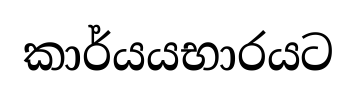
කාර්යයභාරයට